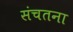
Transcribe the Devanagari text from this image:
संचतना